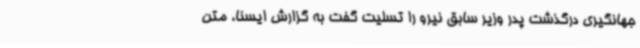
جهانگیری درگذشت پدر وزیر سابق نیرو را تسلیت گفت به گزارش ایسنا، متن